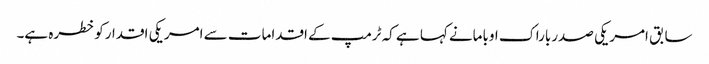
سابق امریکی صدرباراک اوبامانے کہا ہے کہ ٹرمپ کے اقدامات سے امریکی اقدارکوخطرہ ہے۔